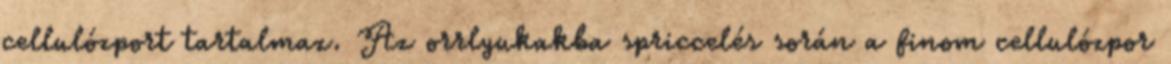
cellulózport tartalmaz. Az orrlyukakba spriccelés során a finom cellulózpor